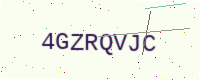
Text: 4GZRQVJC